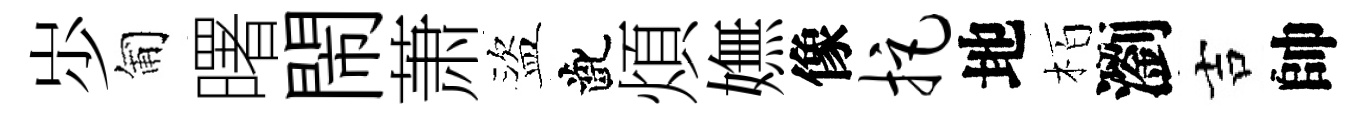
𡵯匍曙閙萧盜齔煩嫵像拒地栢瀏吉帥